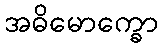
အဓိမောက္ခော